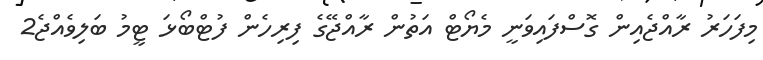
މިފަހަރު ރާއްޖެއިން ގޮސްފައިވަނީ މެޔޯޓް އަތުން ރާއްޖޭގެ ފިރިހެން ފުޓްބޯޅަ ޓީމު ބަލިވެއްޖެ2